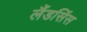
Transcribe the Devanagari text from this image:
लैंडसिंस